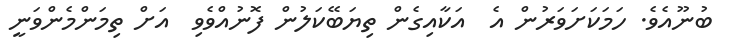
ބުނޫއެވެ. ހަމަކަށަވަރުން އެ  އަކާއިގެން ތިޔަބޭކަލުން ފޮނުއްވެވި  އަށް ތިމަންމެންވަނީ